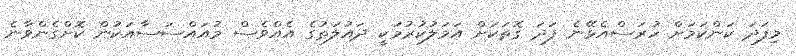
މިފަދަ ކަންކަމަށް ހުރަސްއެޅޭނެ ފަދަ ގޮތަކަށް އަމަލުކުރުމަކީ ދައުލަތުގެ އެއްވެސް މުއައްސަސާއަކުން ކޮށްގެންވާނެ